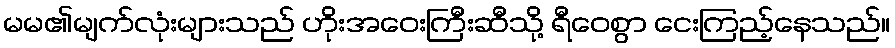
မမ၏မျက်လုံးများသည် ဟိုးအဝေးကြီးဆီသို့ ရီဝေစွာ ငေးကြည့်နေသည်။